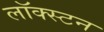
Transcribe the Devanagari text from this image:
लॉक्स्टन